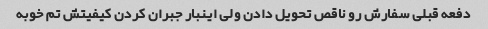
دفعه قبلی سفارش رو ناقص تحویل دادن ولی اینبار جبران کردن کیفیتش تم خوبه